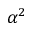
\alpha ^ { 2 }